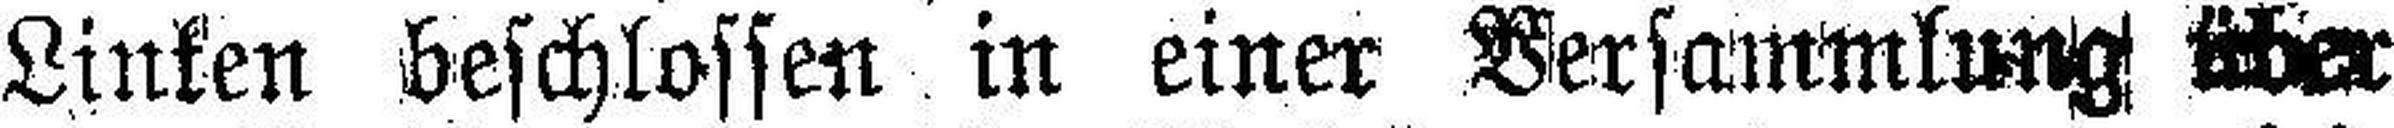
Linken beschlossen in einer Versammlung über